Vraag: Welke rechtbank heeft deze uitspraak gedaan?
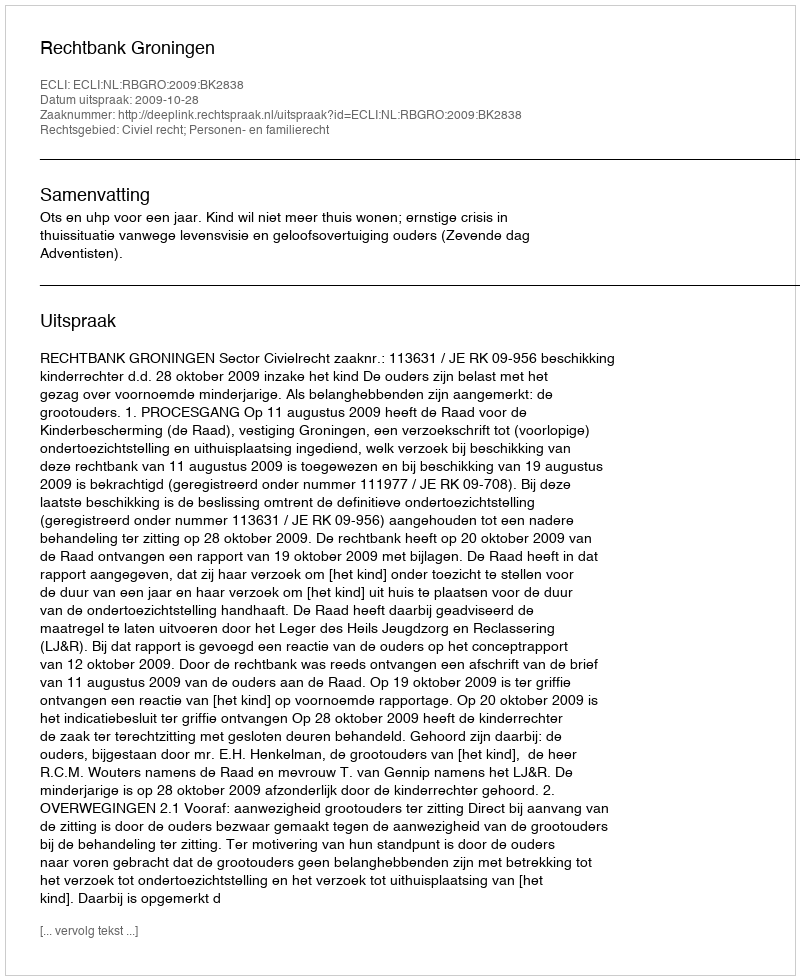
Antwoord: Rechtbank Groningen